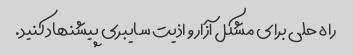
راه حلی برای مشکل آزار و اذیت سایبری پیشنهاد کنید.